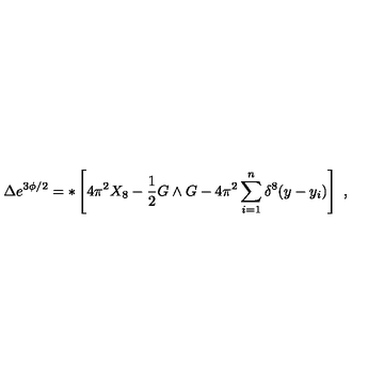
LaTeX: \Delta e ^ { 3 \phi / 2 } = * \left[ 4 \pi ^ { 2 } X _ { 8 } - { \frac { 1 } { 2 } } G \wedge G - 4 \pi ^ { 2 } \sum _ { i = 1 } ^ { n } \delta ^ { 8 } ( y - y _ { i } ) \right] \ ,